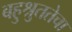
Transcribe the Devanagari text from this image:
बहुश्रुततेचा